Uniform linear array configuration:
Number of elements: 12
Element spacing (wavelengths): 0.5
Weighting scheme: binomial
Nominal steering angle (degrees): -45
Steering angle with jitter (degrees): -46.834
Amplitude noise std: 0.05
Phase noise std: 0.05

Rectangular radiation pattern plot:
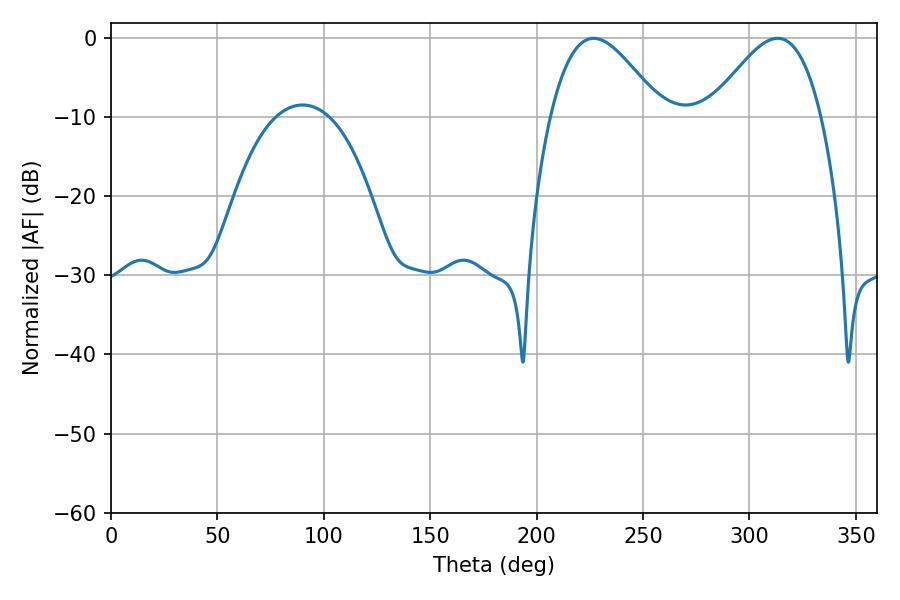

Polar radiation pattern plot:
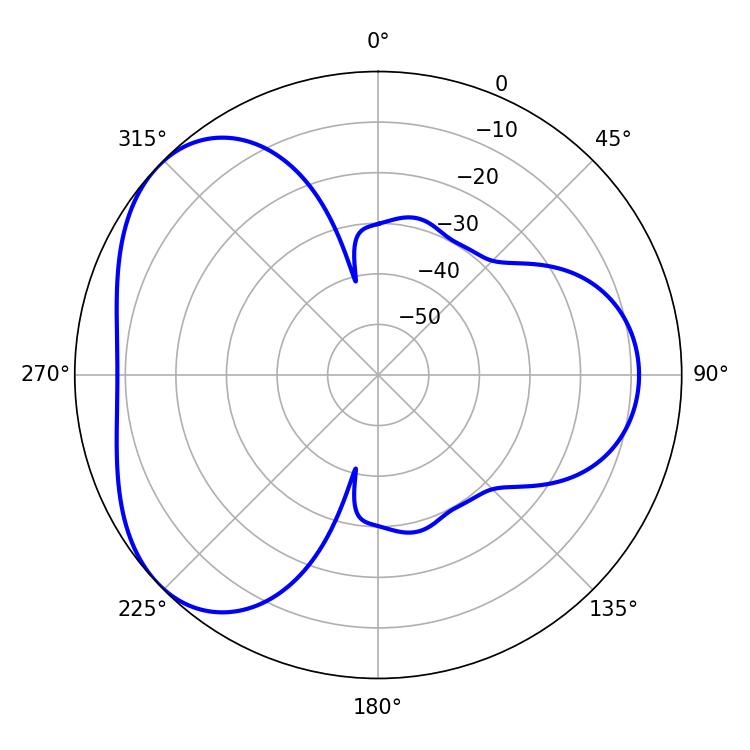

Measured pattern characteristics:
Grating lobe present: FALSE
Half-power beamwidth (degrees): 28.08
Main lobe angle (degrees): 226.8